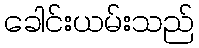
ခေါင်းယမ်းသည်